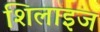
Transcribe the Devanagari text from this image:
शिलाइज